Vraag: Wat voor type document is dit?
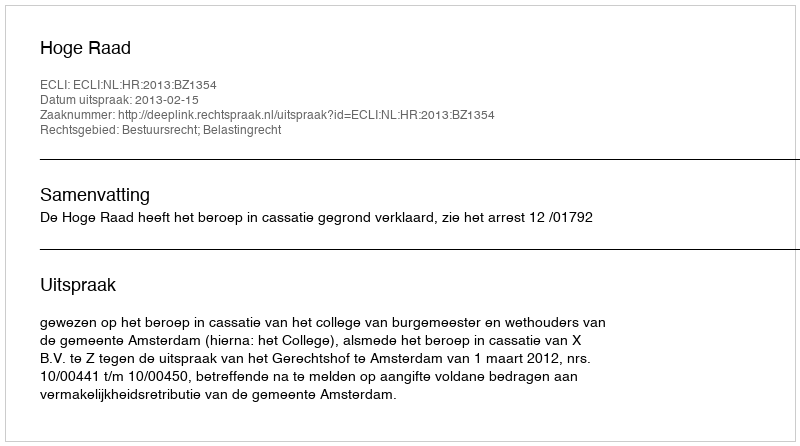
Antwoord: Uitspraak